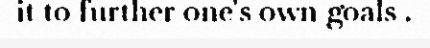
it to further one's own goals .